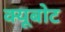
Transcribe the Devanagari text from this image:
क्यूबोट